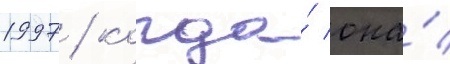
1997 / когда́ она́